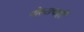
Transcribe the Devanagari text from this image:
पोस्टाचाही